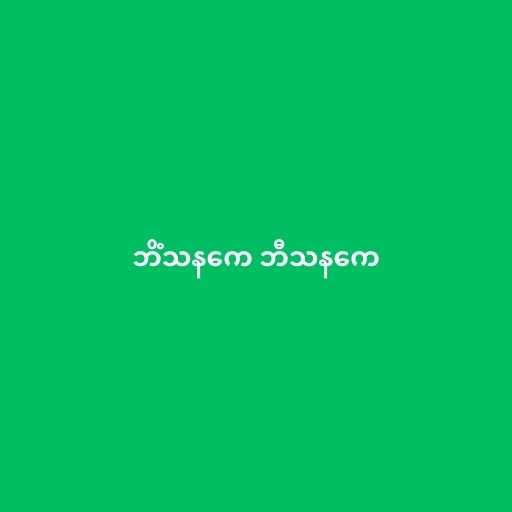
ဘိံသနကေ ဘီသနကေ